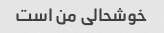
خوشحالی من است